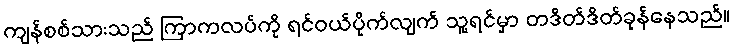
ကျန်စစ်သားသည် ကြာကလပ်ကို ရင်ဝယ်ပိုက်လျက် သူ့ရင်မှာ တဒိတ်ဒိတ်ခုန်နေသည်။